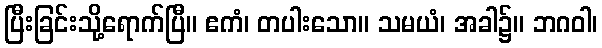
ပြီးခြင်းသို့ရောက်ပြီ။ ဧကံ၊ တပါးသော။ သမယံ၊ အခါ၌။ ဘဂဝါ၊